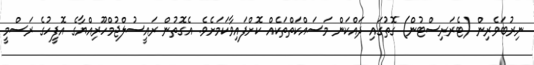
ނިރުބަވެރިން (ޓެރަރިސްޓުން) ގޮތުގައި ދައްކަން މަސައްކަތްތަކެއް ކޮށްފައިވާކަމަށެވެ. އެގޮތުން ރައީސުލްޖުމްހޫރިއްޔާގެ އޮފީހުގެ ރަސްމީ